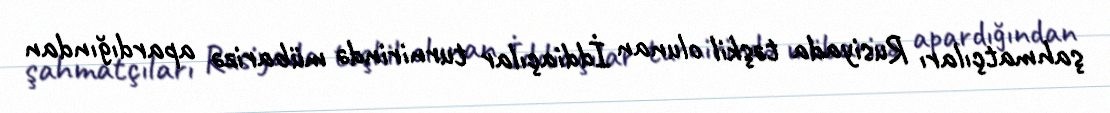
şahmatçıları Rusiyada təşkil olunan İddiaçılar turnirində mübarizə apardığından